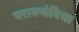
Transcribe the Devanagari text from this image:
परामनोविद्या